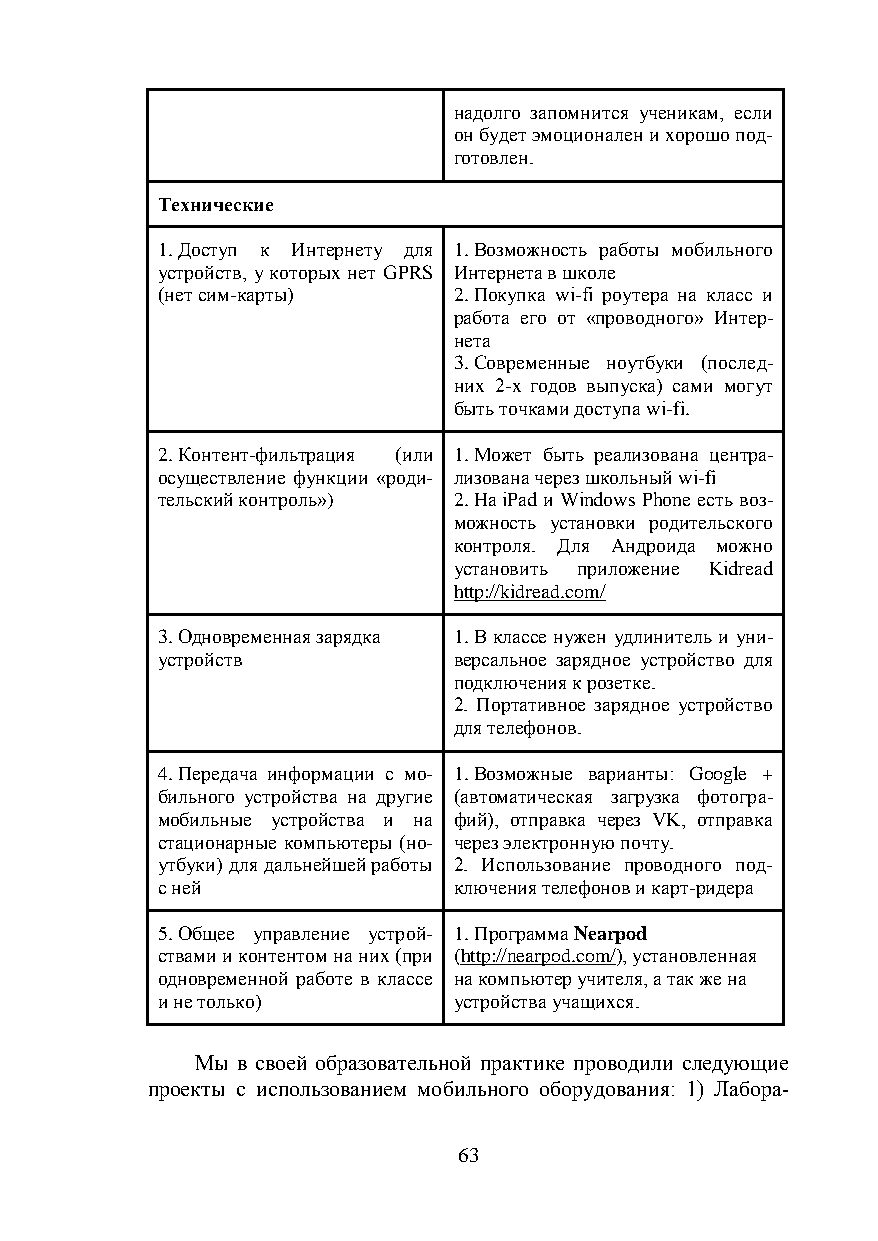
надолго запомнится ученикам, если
 он будет эмоционален и хорошо под-
 готовлен.
 Технические
 1. Доступ к Интернету для 1. Возможность работы мобильного
 устройств, у которых нет GPRS Интернета в школе
 (нет сим-карты)     2. Покупка wi-fi роутера на класс и
 работа его от «проводного» Интер-
 нета
 3. Современные ноутбуки (послед-
 них 2-х годов выпуска) сами могут
 быть точками доступа wi-fi.
 2. Контент-фильтрация (или 1. Может быть реализована центра-
 осуществление функции «роди- лизована через школьный wi-fi
 тельский контроль») 2. На iPad и Windows Phone есть воз-
 можность установки родительского
 контроля. Для Андроида можно
 установить приложение Kidread
 http://kidread.com/
 3. Одновременная зарядка 1. В классе нужен удлинитель и уни-
 устройств           версальное зарядное устройство для
 подключения к розетке.
 2. Портативное зарядное устройство
 для телефонов.
 4. Передача информации с мо- 1. Возможные варианты: Google +
 бильного устройства на другие (автоматическая загрузка фотогра-
 мобильные устройства и на фий), отправка через VK, отправка
 стационарные компьютеры (но- через электронную почту.
 утбуки) для дальнейшей работы 2. Использование проводного под-
 с ней               ключения телефонов и карт-ридера
 5. Общее управление устрой- 1. Программа Nearpod
 ствами и контентом на них (при (http://nearpod.com/), установленная
 одновременной работе в классе на компьютер учителя, а так же на
 и не только)        устройства учащихся.
 Мы в своей образовательной практике проводили следующие
 проекты с использованием мобильного оборудования: 1) Лабора-
 63